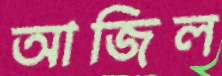
আজিল